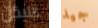
عليكن جيد